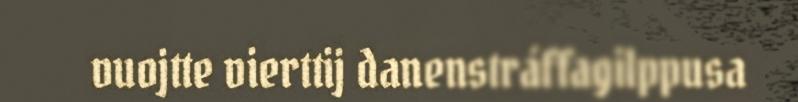
vuojtte vierttij danenstráffagilppusa